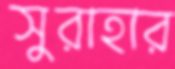
সুরাহার